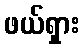
ဖယ်ရှား